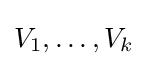
{\textstyle V_{1},\dots ,V_{k}}